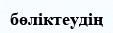
бөліктеудің